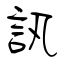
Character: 訊